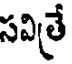
సవిత్రే